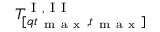
T _ { [ q t _ { \mathrm { ~ m ~ a ~ x ~ } } , t _ { \mathrm { ~ m ~ a ~ x ~ } } ] } ^ { \mathrm { ~ I ~ , ~ I ~ I ~ } }